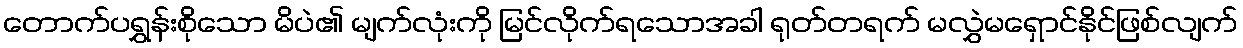
တောက်ပရွှန်းစိုသော မိပဲ၏ မျက်လုံးကို မြင်လိုက်ရသောအခါ ရုတ်တရက် မလွှဲမရှောင်နိုင်ဖြစ်လျက်